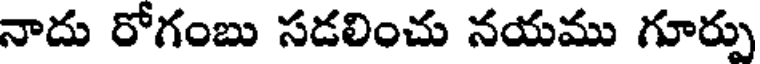
నాదు రోగంబు సడలించు నయము గూర్పు